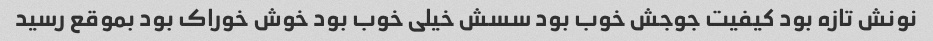
نونش تازه بود کیفیت جوجش خوب بود سسش خیلی خوب بود خوش خوراک بود بموقع رسید